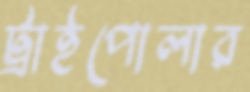
ট্রাইপোলার